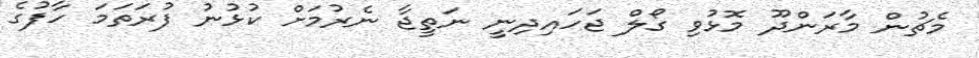
މެޗުން މާރަންދޫ މޮޅުވި ގޯލް ޖަހައިދިނީ ނަތީޖާ ނެރުމަށް ކުޅުނު ފުރަތަމަ ހާފުގެ